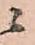
ニ